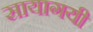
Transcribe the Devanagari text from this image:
सायागयी